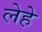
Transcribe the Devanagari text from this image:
लेहे